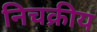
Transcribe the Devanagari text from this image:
निचक्रीय